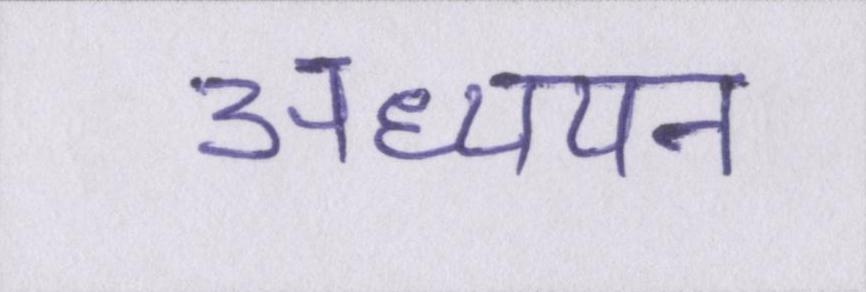
अध्ययन